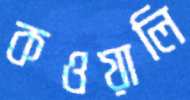
কওয়ালি